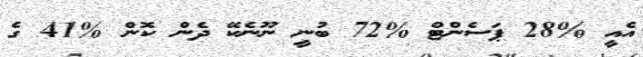
އެއީ %28 ޕަސެންޓް %72 ބުނީ ނޫނެކޭ ދެން ކޮން %41 ގެ